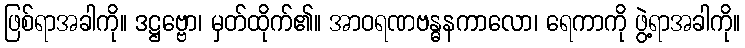
ဖြစ်ရာအခါကို။ ဒဋ္ဌဗ္ဗော၊ မှတ်ထိုက်၏။ အာဝရဏဗန္ဓနကာလော၊ ရေကာကို ဖွဲ့ရာအခါကို။